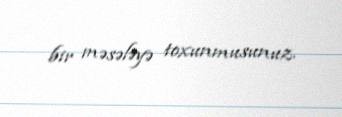
bir məsələyə toxunmusunuz.